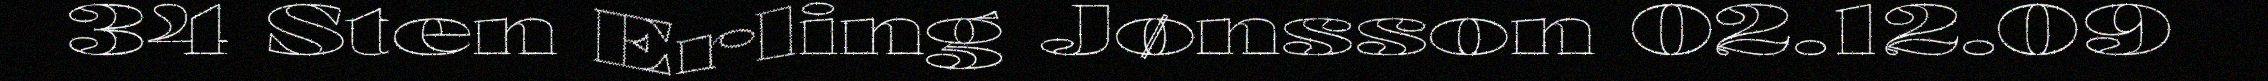
34 Sten Erling Jønsson 02.12.09